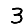
Digit: 3